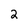
Character: 2